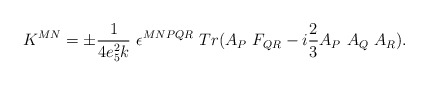
\begin{align*}K^{M N} = \pm \frac{1}{4 e_5^2 k} \ \epsilon^{M N P Q R} \ Tr( A_{P} \ F_{Q R} - i \frac{2}{3} A_P \ A_Q \ A_R ). \end{align*}